Manual of the Civil Veterinary Department, Central Provinces and Berar
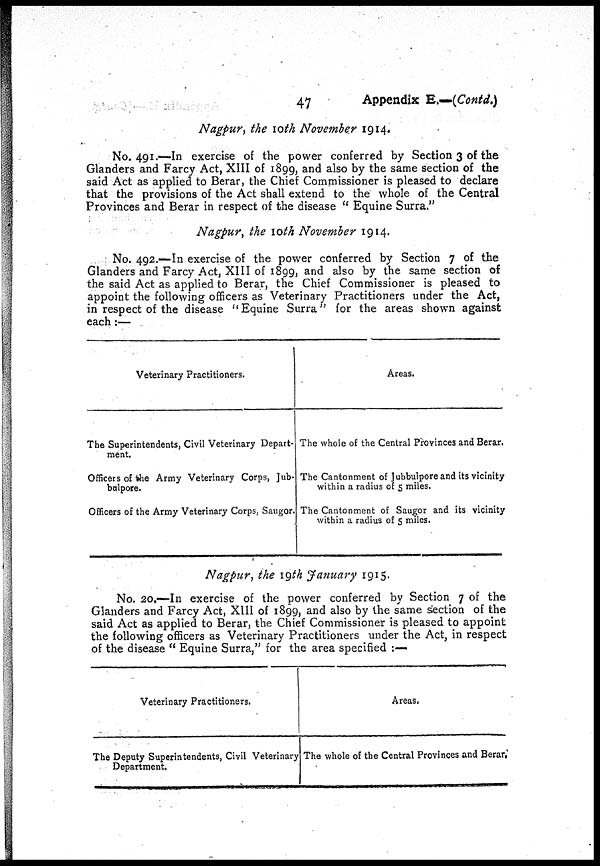
47
Appendix E.—(Contd.)
Nagpur, the 10th November 1914.
No. 491.—In exercise of the power conferred by Section 3 of the
Glanders and Farcy Act, XIII of 1899, an( * a^so by the same section of the
said Act as applied to Berar, the Chief Commissioner is pleased to declare
that the provisions of the Act shall extend to the whole of the Central
Provinces and Berar in respect of the disease " Equine Surra."
Nagpur, the 10th November 1914.
No. 492.—In exercise of the power conferred by Section 7 of the
Glanders and Farcy Act, XIII of 1899, and also by the same section of
the said Act as applied to Berar, the Chief Commissioner is pleased to
appoint the following officers as Veterinary Practitioners under the Act,
in respect of the disease " Equine Surra for the areas shown against
each:—
Veterinary Practitioners.
The Superintendents, Civil Veterinary Depart-
ment.
Officers of the Army Veterinary Corps, Jub-
balpore.
Officers of the Army Veterinary Corps, Saugor.
Areas.
The whole of the Central Provinces and Berar.
The Cantonment of jubbulporeand its vicinity
within a radius of 5 miles.
The Cantonment of Saugor and its vicinity
within a radius of 5 miles.
Nagpur, the 19th January 1915.
No. 20.—In exercise of the power conferred by Section 7 of the
Glanders and Farcy Act, XIII of 1899, and also by the same section of the
said Act as applied to Berar, the Chief Commissioner is pleased to appoint
the following officers as Veterinary Practitioners under the Act, in respect
of the disease " Equine Surra," for the area specified :—
Veterinary Practitioners,
The Deputy Superintendents, Civil Veterinary
Department.
Areas.
The whole of the Central Provinces and Berar.